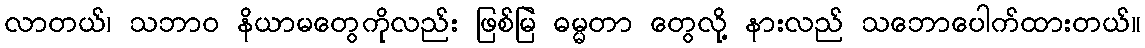
လာတယ်၊ သဘာဝ နိယာမတွေကိုလည်း ဖြစ်မြဲ ဓမ္မတာ တွေလို့ နားလည် သဘောပေါက်ထားတယ်။